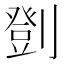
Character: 㔁